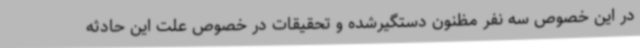
در این خصوص سه نفر مظنون دستگیرشده و تحقیقات در خصوص علت این حادثه